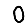
Digit: 0